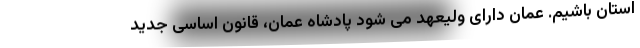
استان باشیم. عمان دارای ولیعهد می شود پادشاه عمان، قانون اساسی جدید